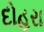
દોહરા